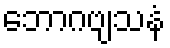
ဘောဂဗျသနံ